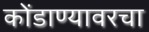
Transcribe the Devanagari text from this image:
कोंडाण्यावरचा